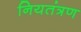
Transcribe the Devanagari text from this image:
नियतंत्रण